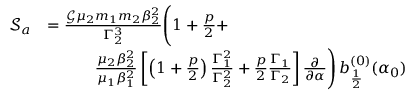
\begin{array} { r l } { \mathcal { S } _ { a } } & { = \frac { \mathcal { G } \mu _ { 2 } m _ { 1 } m _ { 2 } \beta _ { 2 } ^ { 2 } } { \Gamma _ { 2 } ^ { 3 } } \Bigg ( 1 + \frac { p } { 2 } + } \\ & { \quad \quad \quad \frac { \mu _ { 2 } \beta _ { 2 } ^ { 2 } } { \mu _ { 1 } \beta _ { 1 } ^ { 2 } } \left[ \left( 1 + \frac { p } { 2 } \right) \frac { \Gamma _ { 1 } ^ { 2 } } { \Gamma _ { 2 } ^ { 2 } } + \frac { p } { 2 } \frac { \Gamma _ { 1 } } { \Gamma _ { 2 } } \right] \frac { \partial } { \partial \alpha } \Bigg ) \, b _ { \frac { 1 } { 2 } } ^ { ( 0 ) } ( \alpha _ { 0 } ) } \end{array}